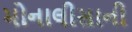
મોનાલીસાની